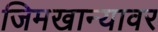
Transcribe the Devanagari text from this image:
जिमखान्यावर